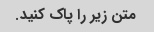
متن زیر را پاک کنید.